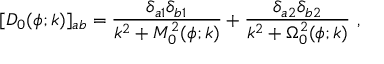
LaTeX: [ D _ { 0 } ( \phi ; k ) ] _ { a b } = { \frac { \delta _ { a 1 } \delta _ { b 1 } } { k ^ { 2 } + M _ { 0 } ^ { 2 } ( \phi ; k ) } } + { \frac { \delta _ { a 2 } \delta _ { b 2 } } { k ^ { 2 } + \Omega _ { 0 } ^ { 2 } ( \phi ; k ) } } ~ ,